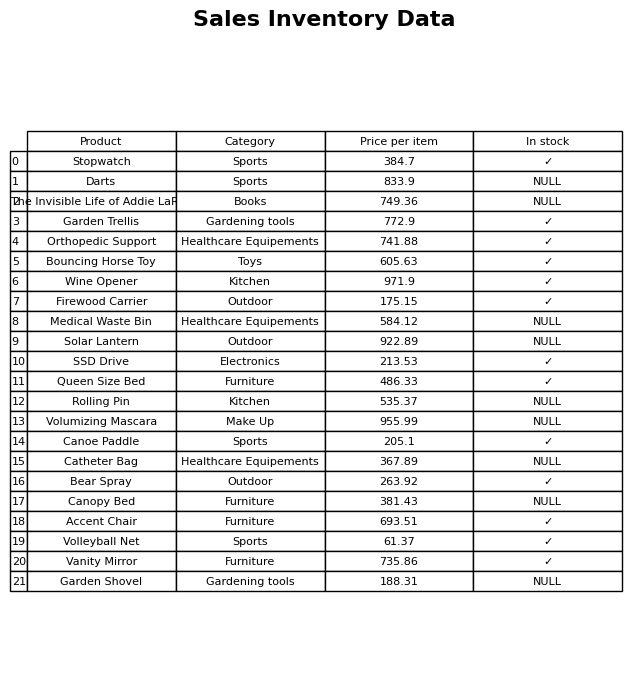
question: Is the Wine Opener in stock?
answer: ✓